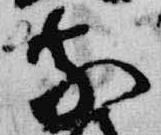
慶